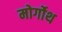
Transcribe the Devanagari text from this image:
मोर्गोथ